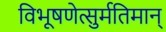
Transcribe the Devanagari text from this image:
विभूषणेत्सुर्मतिमान्